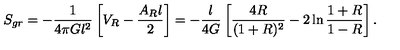
S _ { g r } = - { \frac { 1 } { 4 \pi G l ^ { 2 } } } \left[ V _ { R } - { \frac { A _ { R } l } { 2 } } \right] = - { \frac { l } { 4 G } } \left[ { \frac { 4 R } { ( 1 + R ) ^ { 2 } } } - 2 \ln { { \frac { 1 + R } { 1 - R } } } \right] .